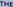
The